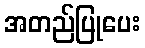
အတည်ပြုပေး